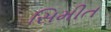
સિમીત